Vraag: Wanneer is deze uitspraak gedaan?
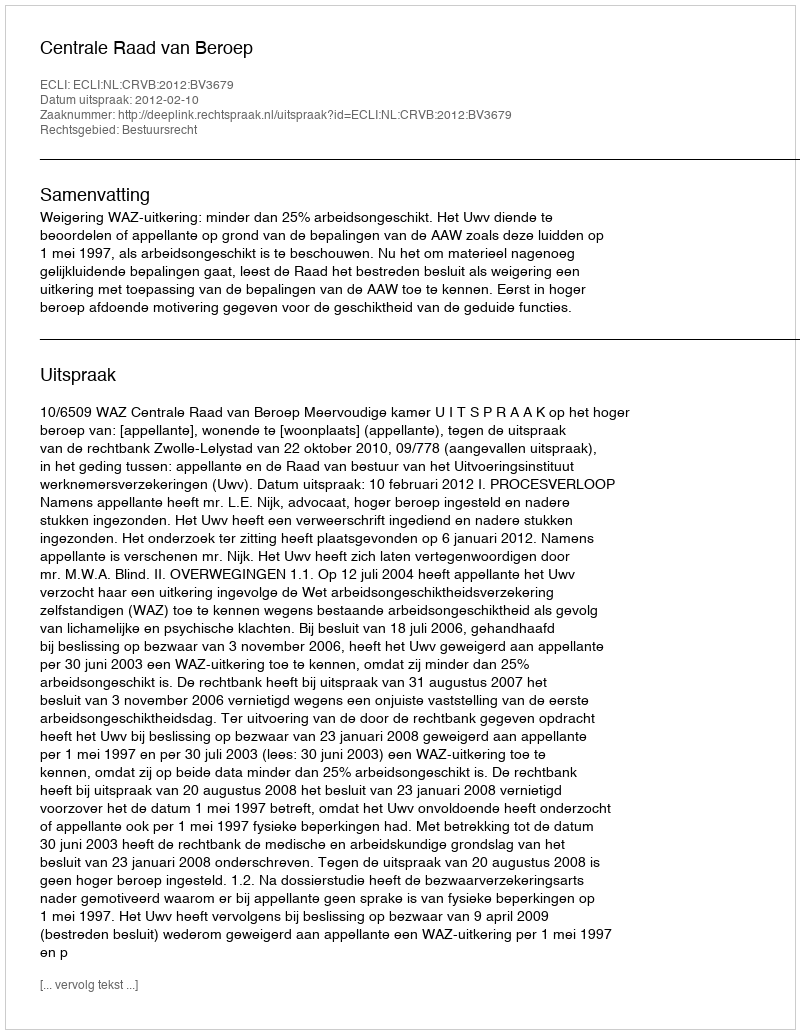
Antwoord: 2012-02-10